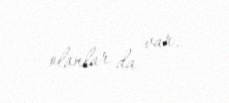
olanlar da var.